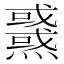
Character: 𤒉